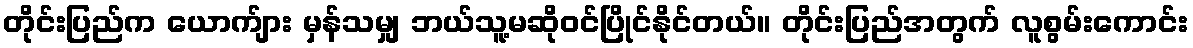
တိုင်းပြည်က ယောက်ျား မှန်သမျှ ဘယ်သူ့မဆိုဝင်ပြိုင်နိုင်တယ်။ တိုင်းပြည်အတွက် လူစွမ်းကောင်း